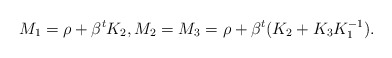
\begin{gather*} M_1 = \rho + \beta^t K_2, M_2 = M_3 = \rho + \beta^t (K_2 + K_3 K_1^{-1}).\end{gather*}